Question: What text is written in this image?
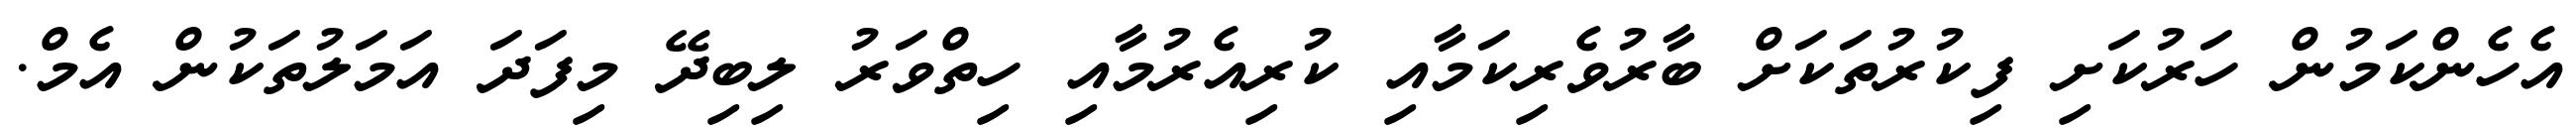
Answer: އެހެންކަމުން ހަރުކަށި ފިކުރުތަކަށް ބާރުވެރިކަމާއި ކުރިއެރުމާއި ހިތްވަރު ލިބިދޭ މިފަދަ އަމަލުތަކުން އެމް.